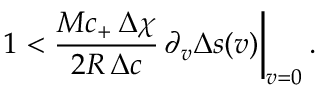
1 < \frac { M c _ { + } \, \Delta \chi } { 2 R \, \Delta c } \, \partial _ { v } \Delta s ( v ) \biggr \vert _ { v = 0 } \, .